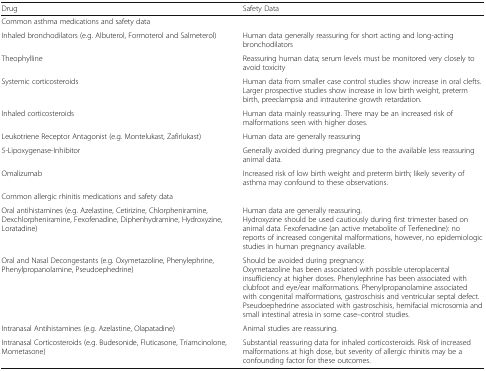
| Drug | Safety Data |
 | --- | --- |
 | <COLSPAN=2> Common asthma medications and safety data |
 | Inhaled bronchodilators (e.g. Albuterol, Formoterol and Salmeterol) | Human data generally reassuring for short acting and long-acting bronchodilators |
 | Theophylline | Reassuring human data; serum levels must be monitored very closely to avoid toxicity |
 | Systemic corticosteroids | Human data from smaller case control studies show increase in oral clefts. Larger prospective studies show increase in low birth weight, preterm birth, preeclampsia and intrauterine growth retardation. |
 | Inhaled corticosteroids | Human data mainly reassuring. There may be an increased risk of malformations seen with higher doses. |
 | Leukotriene Receptor Antagonist (e.g. Montelukast, Zafirlukast) | Human data are generally reassuring |
 | 5-Lipoxygenase-Inhibitor | Generally avoided during pregnancy due to the available less reassuring animal data. |
 | Omalizumab | Increased risk of low birth weight and preterm birth; likely severity of asthma may confound to these observations. |
 | <COLSPAN=2> Common allergic rhinitis medications and safety data |
 | Oral antihistamines (e.g. Azelastine, Cetirizine, Chlorpheniramine, Dexchlorpheniramine, Fexofenadine, Diphenhydramine, Hydroxyzine, Loratadine) | Human data are generally reassuring.Hydroxyzine should be used cautiously during first trimester based on animal data. Fexofenadine (an active metabolite of Terfenedine): no reports of increased congenital malformations, however, no epidemiologic studies in human pregnancy available. |
 | Oral and Nasal Decongestants (e.g. Oxymetazoline, Phenylephrine, Phenylpropanolamine, Pseudoephedrine) | Should be avoided during pregnancy:Oxymetazoline has been associated with possible uteroplacental insufficiency at higher doses. Phenylephrine has been associated with clubfoot and eye/ear malformations. Phenylpropanolamine associated with congenital malformations, gastroschisis and ventricular septal defect. Pseudoephedrine associated with gastroschisis, hemifacial microsomia and small intestinal atresia in some case–control studies. |
 | Intranasal Antihistamines (e.g. Azelastine, Olapatadine) | Animal studies are reassuring. |
 | Intranasal Corticosteroids (e.g. Budesonide, Fluticasone, Triamcinolone, Mometasone) | Substantial reassuring data for inhaled corticosteroids. Risk of increased malformations at high dose, but severity of allergic rhinitis may be a confounding factor for these outcomes. |